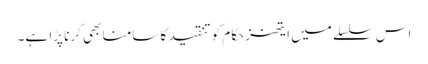
اس سلسلے میں ایتھنز حکام کو تنقید کا سامنا بھی کرنا پڑا ہے۔